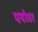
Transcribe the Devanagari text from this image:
पयोधर